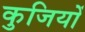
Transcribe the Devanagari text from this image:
कुजियों